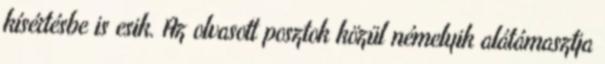
kísértésbe is esik. Az olvasott posztok közül némelyik alátámasztja